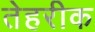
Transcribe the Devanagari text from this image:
तेहरीक